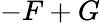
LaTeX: -F+G